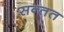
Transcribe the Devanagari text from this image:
सन्तत